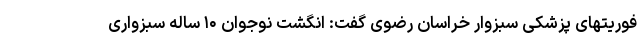
فوریتهای پزشکی سبزوار خراسان رضوی گفت: انگشت نوجوان ۱۰ ساله سبزواری